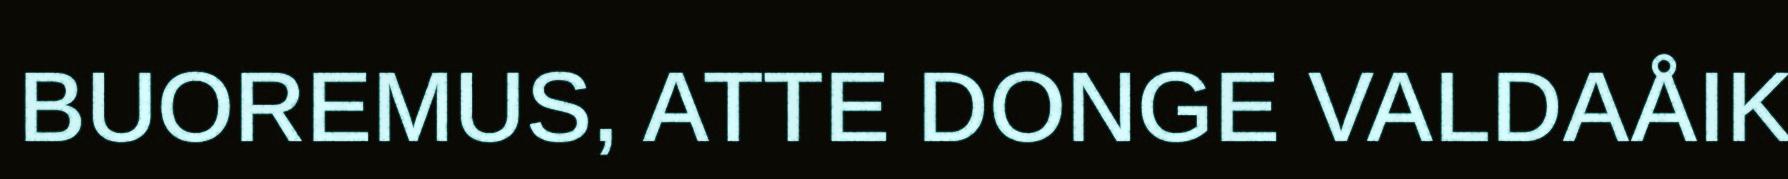
BUOREMUS, ATTE DONGE VALDAÅIK